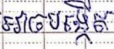
អាចបង្កើត